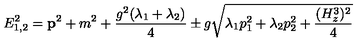
E _ { 1 , 2 } ^ { 2 } = { \bf p } ^ { 2 } + m ^ { 2 } + \frac { g ^ { 2 } ( \lambda _ { 1 } + \lambda _ { 2 } ) } { 4 } \pm g \sqrt { \lambda _ { 1 } p _ { 1 } ^ { 2 } + \lambda _ { 2 } p _ { 2 } ^ { 2 } + \frac { ( H _ { z } ^ { 3 } ) ^ { 2 } } { 4 } }